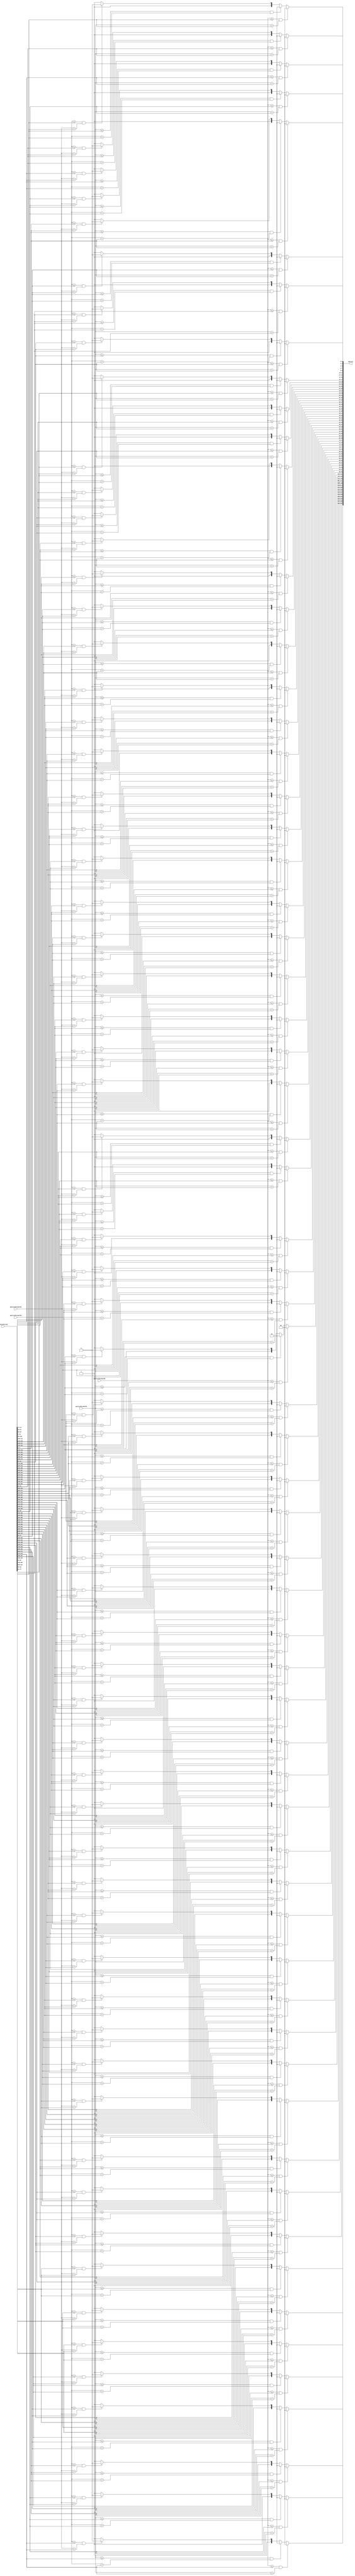
module compressQualityScore #(
    parameter LENGTH = 64
) (
    input [7 : 0] qualityThreshold0,
    input [7 : 0] qualityThreshold1,
    input [7 : 0] qualityThreshold2,
    input [7 : 0] qualityThreshold3,
    input [LENGTH * 8 - 1 : 0] qualityString,
    output [LENGTH * 2 - 1 : 0] quality
);

genvar i;
generate
    for (i = 0; i < LENGTH; i++) begin:qScore
        wire [7 : 0] score = qualityString[8 * (i + 1) - 1 : 8 * i];
        assign quality[2 * (i + 1) - 1 : 2 * i] =
                     (qualityThreshold0 <= score) && (qualityThreshold1 > score) ? 2'b00 :
                     (qualityThreshold1 <= score) && (qualityThreshold2 > score) ? 2'b01 :
                     (qualityThreshold2 <= score) && (qualityThreshold3 > score) ? 2'b10 :
                                                                                   2'b11;
    end
endgenerate

endmodule